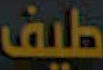
طيف